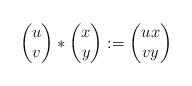
LaTeX: \begin{align*}\begin{pmatrix}u\\v\end{pmatrix} \ast\begin{pmatrix}x\\y\end{pmatrix}:=\begin{pmatrix}ux\\vy\end{pmatrix}\end{align*}